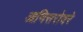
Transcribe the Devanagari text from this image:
आणिसरोवरे